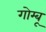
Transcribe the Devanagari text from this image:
गोम्बू